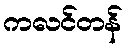
ကလင်တန်